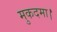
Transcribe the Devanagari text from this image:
मुकदमा।